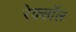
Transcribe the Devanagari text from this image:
रेक्सॉल